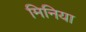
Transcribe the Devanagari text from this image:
मिनिया